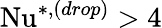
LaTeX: \mathrm{Nu}^{*,(drop)}>4